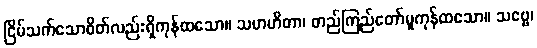
ငြိမ်သက်သောစိတ်လည်းရှိကုန်ထသော။ သမာဟိတာ၊ တည်ကြည်တော်မူကုန်ထသော။ သဗ္ဗေ၊